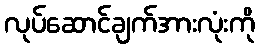
လုပ်ဆောင်ချက်အားလုံးကို